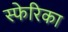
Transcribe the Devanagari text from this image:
स्फेरिका